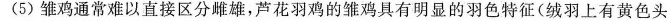
(5)雏鸡通常难以直接区分雌雄，芦花羽鸡的雏鸡具有明显的羽色特征(绒羽上有黄色头